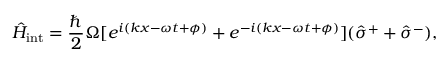
\hat { H } _ { \mathrm { i n t } } = \frac { \hbar } { 2 } \Omega [ e ^ { i ( k x - \omega t + \phi ) } + e ^ { - i ( k x - \omega t + \phi ) } ] ( \hat { \sigma } ^ { + } + \hat { \sigma } ^ { - } ) ,